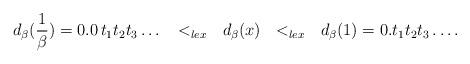
LaTeX: \begin{align*}d_{\beta}(\frac{1}{\beta}) =0. 0 \, t_1 t_2 t_3 \ldots~~<_{lex}~~d_{\beta}(x)~~<_{lex}~~ d_{\beta}(1) =0. t_1 t_2 t_3 \ldots.\end{align*}